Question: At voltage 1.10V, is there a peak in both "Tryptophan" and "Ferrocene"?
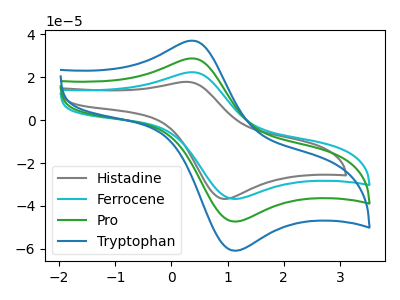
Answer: <think>The gray curve "Histadine" has an anodic peak at (0.25V, 17.85uA) and a cathodic peak at (0.90V, -36.70uA). The cyan curve "Ferrocene" has an anodic peak at (0.40V, 22.35uA) and a cathodic peak at (1.10V, -36.65uA). The green curve "Pro" has an anodic peak at (0.40V, 28.75uA) and a cathodic peak at (1.10V, -47.20uA). The blue curve "Tryptophan" has an anodic peak at (0.40V, 57.50uA) and a cathodic peak at (1.10V, -94.45uA).</think>
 <answer>Yes, "Tryptophan" and "Ferrocene" share a peak at 1.10V.</answer>
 <eval>match</eval>